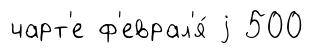
чарт'е ф'еврал'я́ j 500